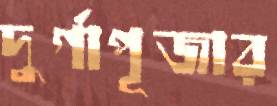
দুর্গাপূজার